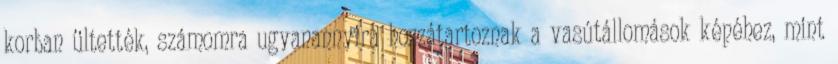
korban ültették, számomra ugyanannyira hozzátartoznak a vasútállomások képéhez, mint